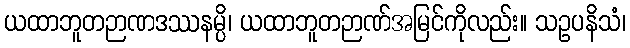
ယထာဘူတဉာဏဒဿနမ္ပိ၊ ယထာဘူတဉာဏ်အမြင်ကိုလည်း။ သဥပနိသံ၊